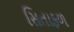
સિતાફળ